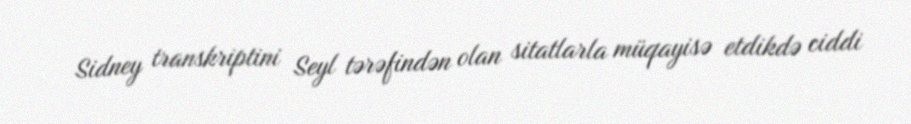
Sidney transkriptini Seyl tərəfindən olan sitatlarla müqayisə etdikdə ciddi